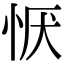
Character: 恹